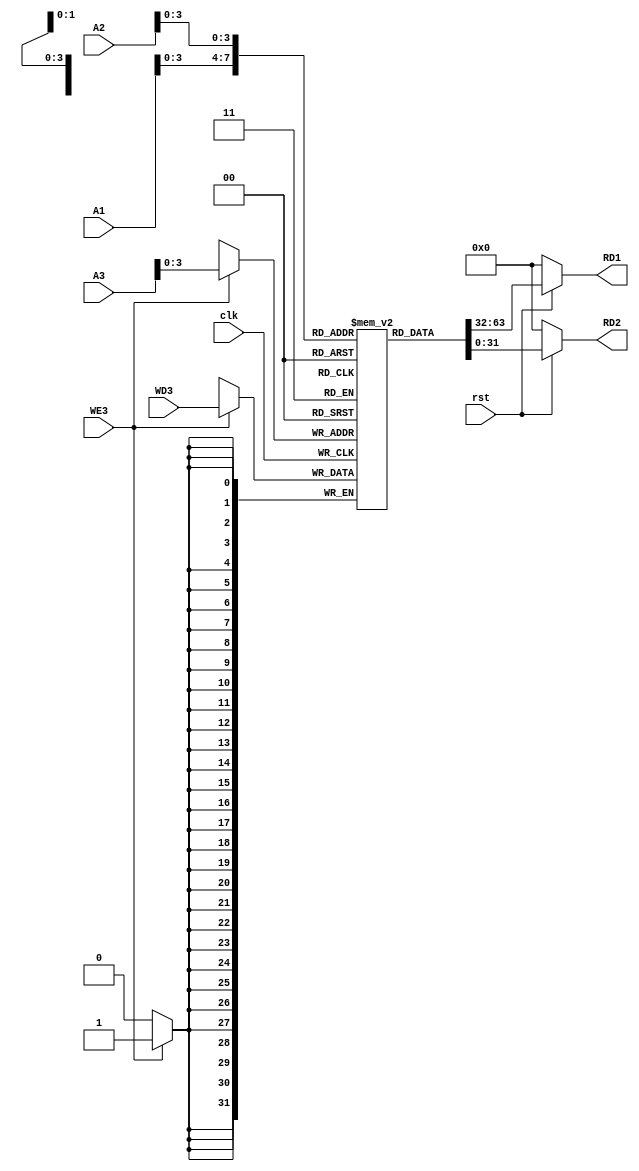
`timescale 1ns / 1ps
//////////////////////////////////////////////////////////////////////////////////
// Company: 
// Engineer: 
// 
// Design Name: 
// Module Name: Register_file
// Project Name: 
// Target Devices: 
// Tool Versions: 
// Description: 
// 
// Dependencies: 
// 
// Revision:
// Revision 0.01 - File Created
// Additional Comments:
// 
//////////////////////////////////////////////////////////////////////////////////


module Register_file(
    input [4:0]A1,
    input [4:0]A2,
    input [4:0]A3,
    output [31:0]RD1,
    output [31:0]RD2,
    input clk,
    input WE3,
    input [31:0]WD3,
    input rst
    );
reg [31:0]Registers[11:0];
assign RD1=(~rst)?(32'h00000000):(Registers[A1]);
assign RD2=(~rst)?(32'h00000000):Registers[A2];
always @(negedge clk) begin
if(WE3)begin
Registers[A3]<=WD3;
end
end
initial begin
Registers[5] = 32'h00000006;
Registers[6] = 32'h0000000A;
Registers[9] = 32'h00000020;      
end
endmodule